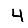
Digit: 4